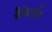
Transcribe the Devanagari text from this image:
मैकिलॉप